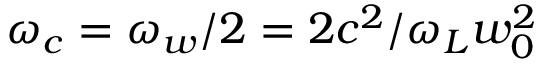
\omega _ { c } = \omega _ { w } / 2 = 2 c ^ { 2 } / \omega _ { L } w _ { 0 } ^ { 2 }